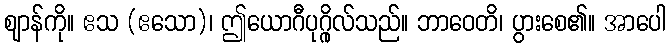
ဈာန်ကို။ ဧသ (ဧသော)၊ ဤယောဂီပုဂ္ဂိုလ်သည်။ ဘာဝေတိ၊ ပွားစေ၏။ အာပေါ